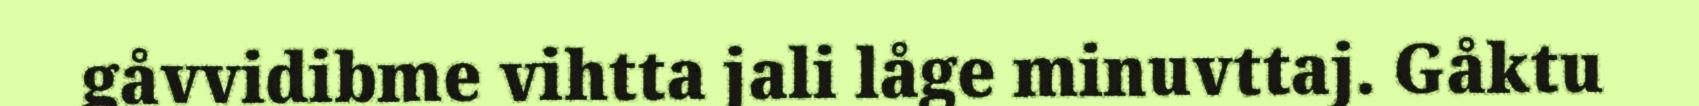
gåvvidibme vihtta jali låge minuvttaj. Gåktu